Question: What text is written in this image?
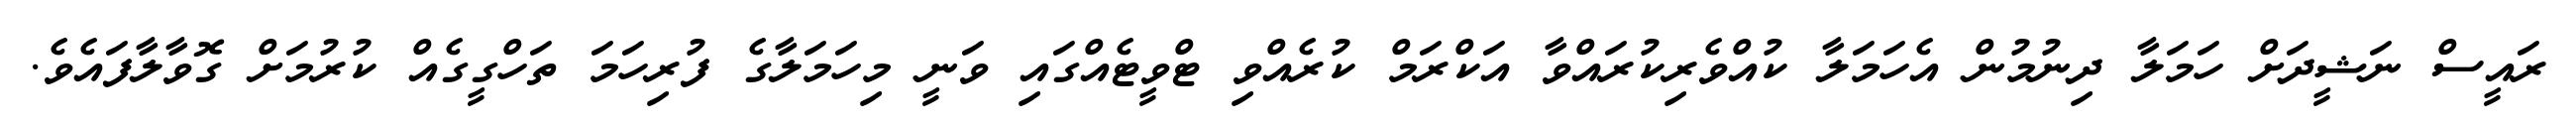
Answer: ރައީސް ނަޝީދަށް ހަމަލާ ދިނުމުން އެހަމަލާ ކުއްވެރިކުރައްވާ އަކްރަމް ކުރެއްވި ޓްވީޓެއްގައި ވަނީ މިހަމަލާގެ ފުރިހަމަ ތަހްގީގެއް ކުރުމަށް ގޮވާލާފައެވެ.